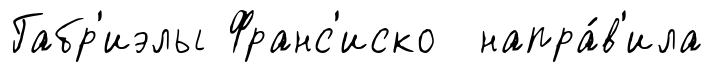
Габр'иэлы Франс'иско напра́в'ила